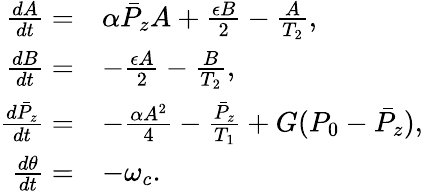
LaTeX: \begin{array}{rl}{\frac{dA}{dt}=}&{\alpha\bar{P}_{z}A+\frac{\epsilon B}{2}-\frac{A}{T_{2}},}\\ {\frac{dB}{dt}=}&{-\frac{\epsilon A}{2}-\frac{B}{T_{2}},}\\ {\frac{d\bar{P}_{z}}{dt}=}&{-\frac{\alpha A^{2}}{4}-\frac{\bar{P}_{z}}{T_{1}}+G(P_{0}-\bar{P}_{z}),}\\ {\frac{d\theta}{dt}=}&{-\omega_{c}.}\end{array}